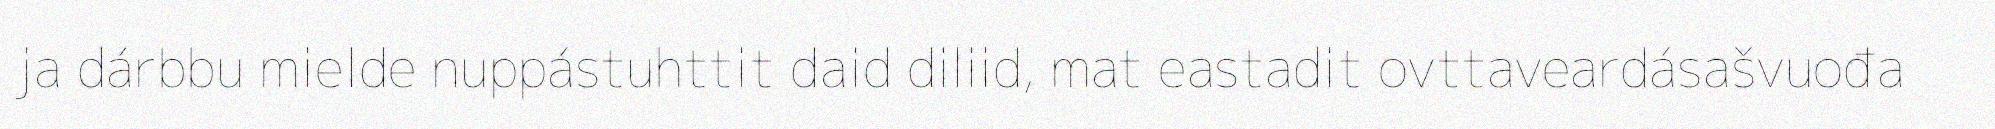
ja dárbbu mielde nuppástuhttit daid diliid, mat eastadit ovttaveardásašvuođa